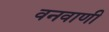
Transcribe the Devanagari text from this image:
वनवाणी